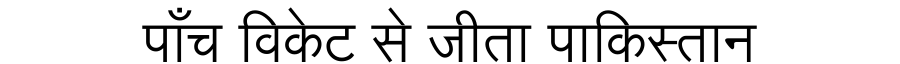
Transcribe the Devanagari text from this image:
पाँच विकेट से जीता पाकिस्तान